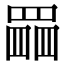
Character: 𦋹